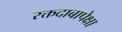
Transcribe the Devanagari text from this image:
रक्तदाबापेक्षा